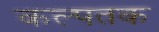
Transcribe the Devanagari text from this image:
कल्पतक